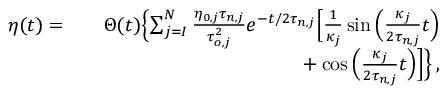
\begin{array} { r l r } { \eta ( t ) = } & { } & { \Theta ( t ) \Bigl \{ \sum _ { j = I } ^ { N } \frac { \eta _ { 0 , j } \tau _ { n , j } } { \tau _ { o , j } ^ { 2 } } e ^ { - t / 2 \tau _ { n , j } } \Bigl [ \frac { 1 } { \kappa _ { j } } \sin { \Bigl ( \frac { \kappa _ { j } } { 2 \tau _ { n , j } } t \Bigr ) } } \\ & { } & { + \cos { \Bigl ( \frac { \kappa _ { j } } { 2 \tau _ { n , j } } t \Bigr ) } \Bigr ] \Bigr \} \, , } \end{array}